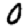
Digit: 0